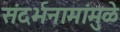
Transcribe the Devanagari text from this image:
संदर्भनामांमुळे